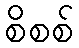
စိစစ်